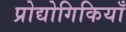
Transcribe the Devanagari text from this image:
प्रोद्योगिकियाँ